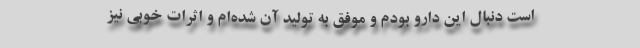
است دنبال این دارو بودم و موفق به تولید آن شده‌ام و اثرات خوبی نیز